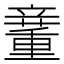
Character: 𥪿